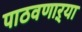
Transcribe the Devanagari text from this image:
पाठवणाऱ्या